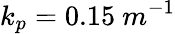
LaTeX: k_{p}=0.15\ m^{-1}